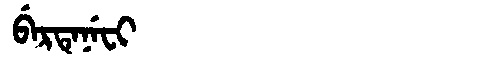
Manchu: ᠪᡝᡵᡨᡝᠨᡝᠸᡳ
Romanization: BERTENEFI